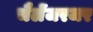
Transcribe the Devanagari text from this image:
चैलेंजरजर